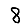
Digit: 8